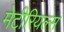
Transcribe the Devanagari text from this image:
मेटीरियल्स